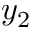
y _ { 2 }